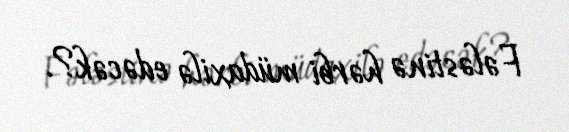
Fələstinə hərbi müdaxilə edəcək?.